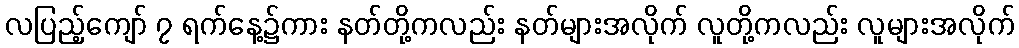
လပြည့်ကျော် ၇ ရက်နေ့၌ကား နတ်တို့ကလည်း နတ်များအလိုက် လူတို့ကလည်း လူများအလိုက်